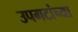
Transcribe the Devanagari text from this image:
उपगटांच्या